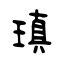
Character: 瑱